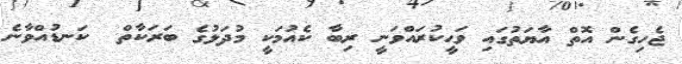
ޖެހިގެން އޮތް އާޔަތުގައި ވަޙީކުރައްވަނީ ރިބާ ކެއުމަކީ މުދަލުގެ ބަރަކާތް  ކަނޑުއްވާނެ